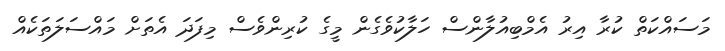
މަސައްކަތް ކުރާ އިރު އެމްބިއުލާންސް ހަލާކުވެގެން މީގެ ކުރިންވެސް މިފަދަ އެތަށް މައްސަލަތަކެއް